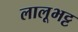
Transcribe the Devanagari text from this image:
लालूभट्ट